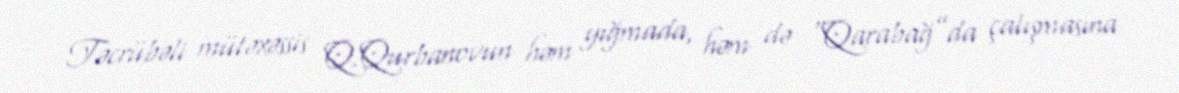
Təcrübəli mütəxəssis Q.Qurbanovun həm yığmada, həm də “Qarabağ”da çalışmasına